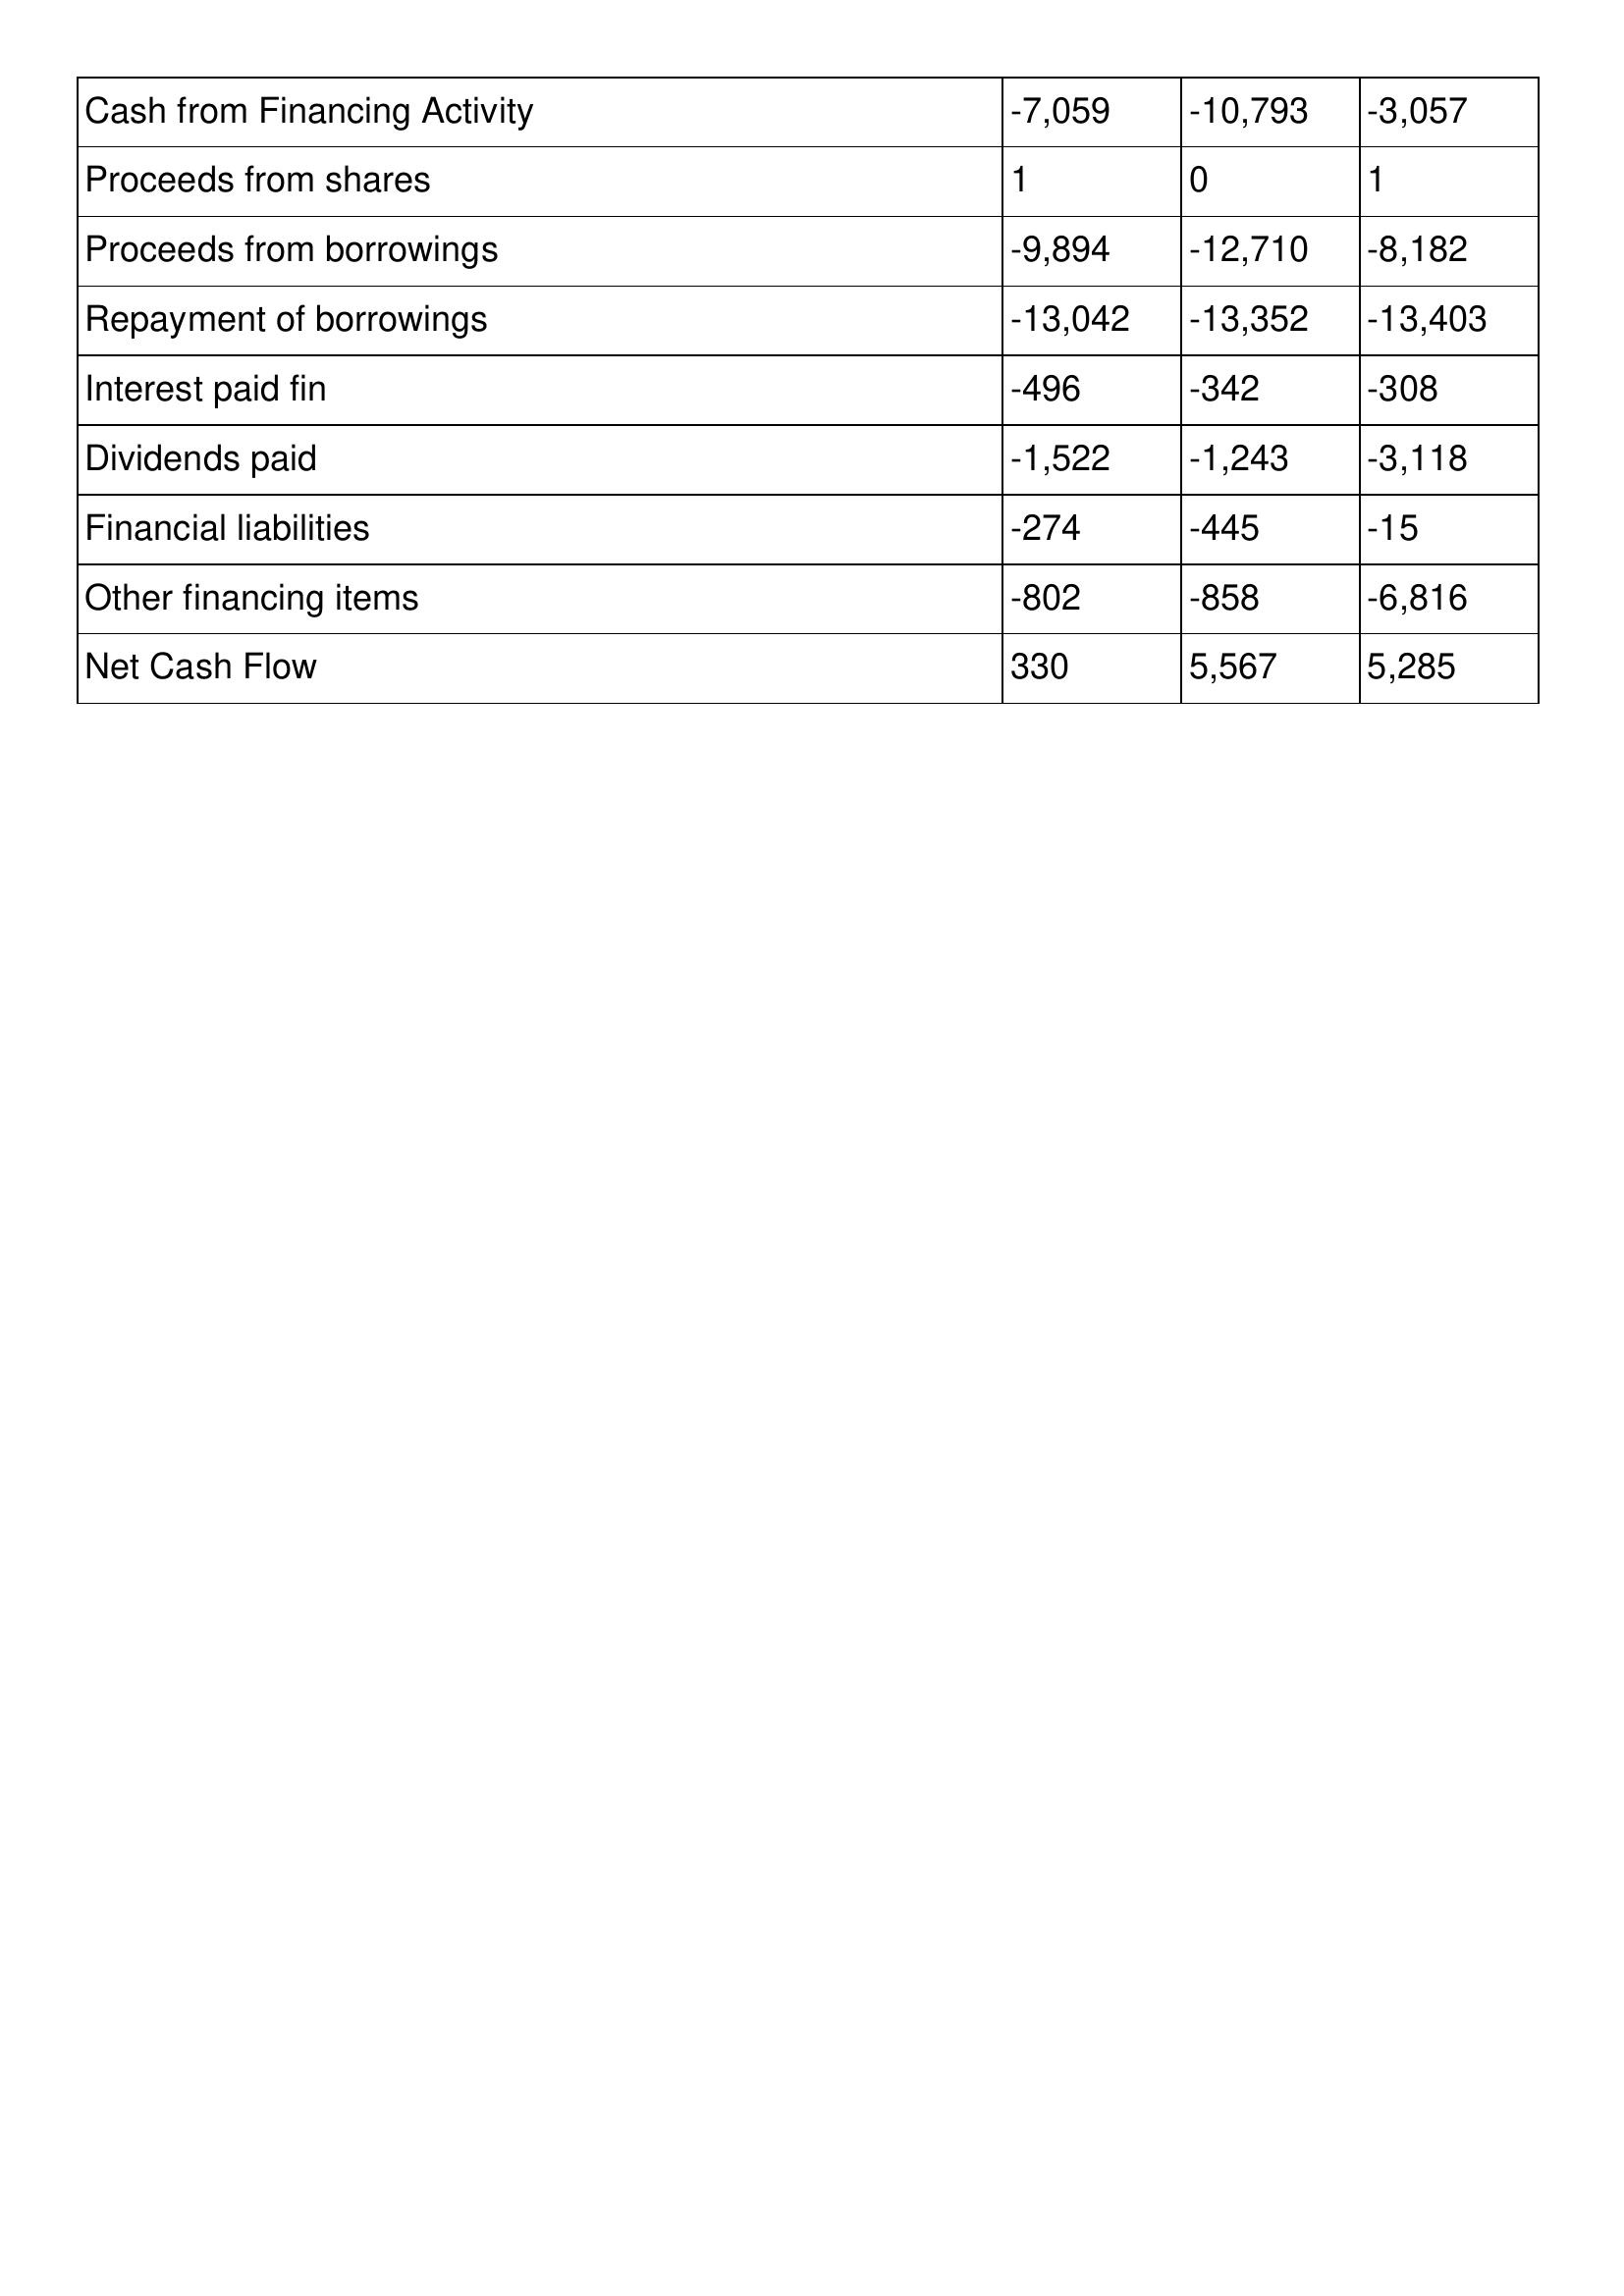
gt_parse: 2008: Cash Flows: Cash from Financing Activity: -7,059
Proceeds from shares: 1
Proceeds from borrowings: -9,894
Repayment of borrowings: -13,042
Interest paid fin: -496
Dividends paid: -1,522
Financial liabilities: -274
Other financing items: -802
Net Cash Flow: 330
2007: Cash Flows: Cash from Financing Activity: -10,793
Proceeds from shares: 0
Proceeds from borrowings: -12,710
Repayment of borrowings: -13,352
Interest paid fin: -342
Dividends paid: -1,243
Financial liabilities: -445
Other financing items: -858
Net Cash Flow: 5,567
2006: Cash Flows: Cash from Financing Activity: -3,057
Proceeds from shares: 1
Proceeds from borrowings: -8,182
Repayment of borrowings: -13,403
Interest paid fin: -308
Dividends paid: -3,118
Financial liabilities: -15
Other financing items: -6,816
Net Cash Flow: 5,285